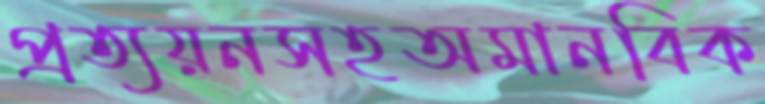
প্রত্যয়নসহঅমানবিক